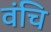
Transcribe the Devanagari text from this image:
वंचि